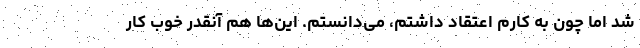
شد اما چون به کارم اعتقاد داشتم، می‌دانستم. این‌ها هم آنقدر خوب کار